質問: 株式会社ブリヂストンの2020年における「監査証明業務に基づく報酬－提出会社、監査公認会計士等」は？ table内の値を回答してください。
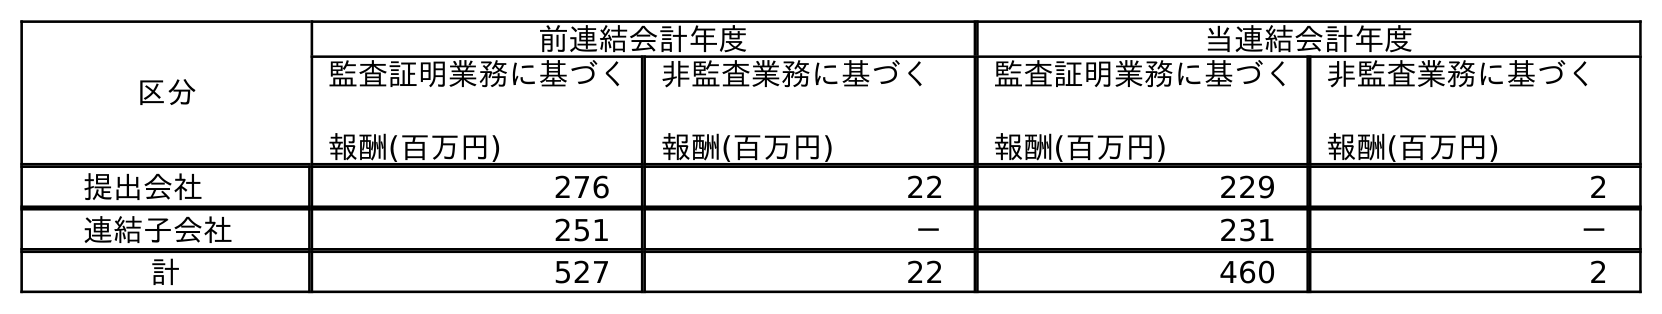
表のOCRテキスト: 区分 前連結会計年度 当連結会計年度 監査証明業務に基づく 報酬(百万円) 非監査業務に基づく 報酬(百万円) 監査証明業務に基づく 報酬(百万円) 非監査業務に基づく 報酬(百万円) 提出会社 276 22 229 2 連結子会社 251 － 231 － 計 527 22 460 2
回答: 229